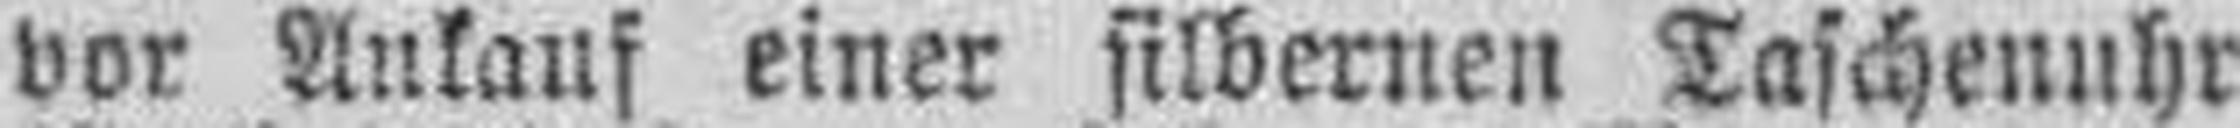
vor Ankauf einer silbernen Taschenuhr